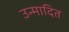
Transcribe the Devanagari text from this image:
उन्मादित